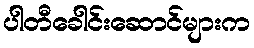
ပါတီခေါင်းဆောင်များက